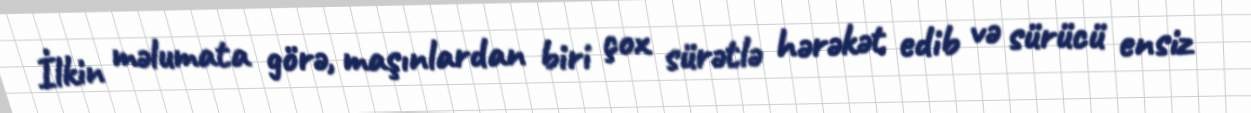
İlkin məlumata görə, maşınlardan biri çox sürətlə hərəkət edib və sürücü ensiz